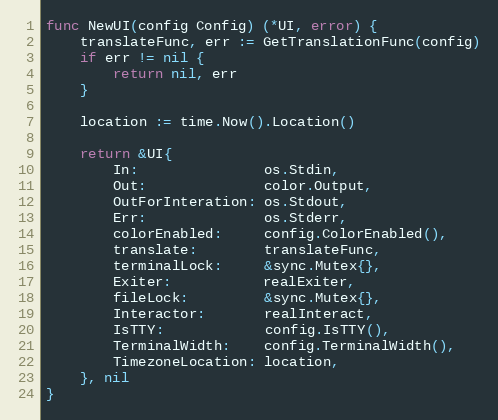
Language: Go
func NewUI(config Config) (*UI, error) {
	translateFunc, err := GetTranslationFunc(config)
	if err != nil {
		return nil, err
	}

	location := time.Now().Location()

	return &UI{
		In:               os.Stdin,
		Out:              color.Output,
		OutForInteration: os.Stdout,
		Err:              os.Stderr,
		colorEnabled:     config.ColorEnabled(),
		translate:        translateFunc,
		terminalLock:     &sync.Mutex{},
		Exiter:           realExiter,
		fileLock:         &sync.Mutex{},
		Interactor:       realInteract,
		IsTTY:            config.IsTTY(),
		TerminalWidth:    config.TerminalWidth(),
		TimezoneLocation: location,
	}, nil
}